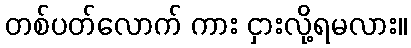
တစ်ပတ်လောက် ကား ငှားလို့ရမလား။